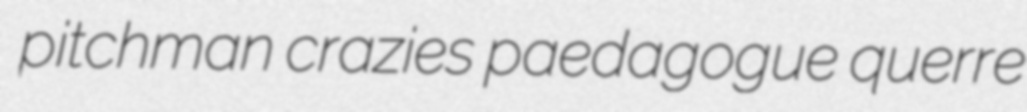
pitchman crazies paedagogue querre